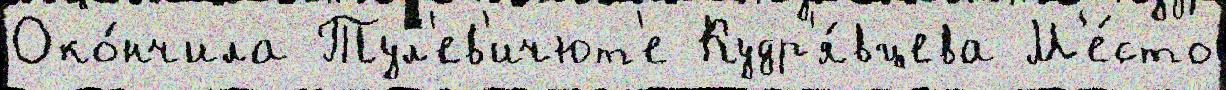
Око́нчила Тул'ев'ичют'е Кудр'я́вцева М'е́сто